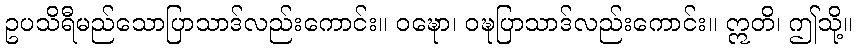
ဥပသိရီမည်သောပြာသာဒ်လည်းကောင်း။ ဝဍ္ဎော၊ ဝဍ္ဎပြာသာဒ်လည်းကောင်း။ ဣတိ၊ ဤသို့။